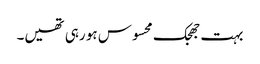
بہت جھجک محسوس ہو رہی تھیں۔